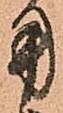
用